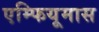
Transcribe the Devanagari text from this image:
एम्फियूमास